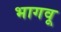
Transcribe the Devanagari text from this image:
भागवू